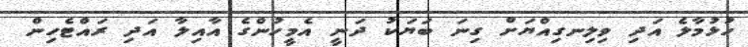
ހުޅުމާލެ އަދި ވިލިނގިއްޔަށް ގިނަ ބަޔަކު ދަނީ އެމީހުންގެ އާއިލާ އަދި ރައްޓެހިން